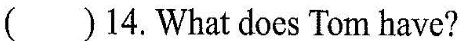
()14 What does Tom have?